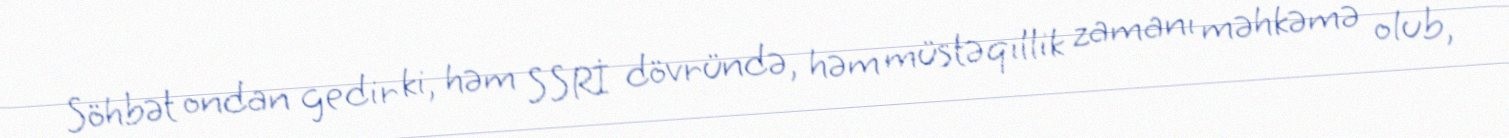
Söhbət ondan gedir ki, həm SSRİ dövründə, həm müstəqillik zamanı məhkəmə olub,